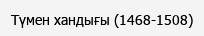
Түмен хандығы (1468-1508)